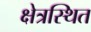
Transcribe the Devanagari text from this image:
क्षेत्रस्थित